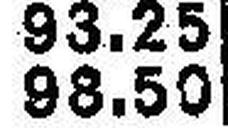
98.50